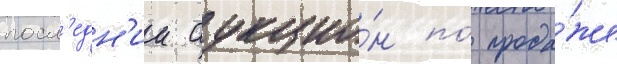
посл'едн'ии аукцио́н по́ прода́же